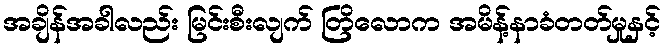
အချိန်အခါလည်း မြင်းစီးလျက် တြိလောက အမိန့်နာခံတတ်မှုနှင့်